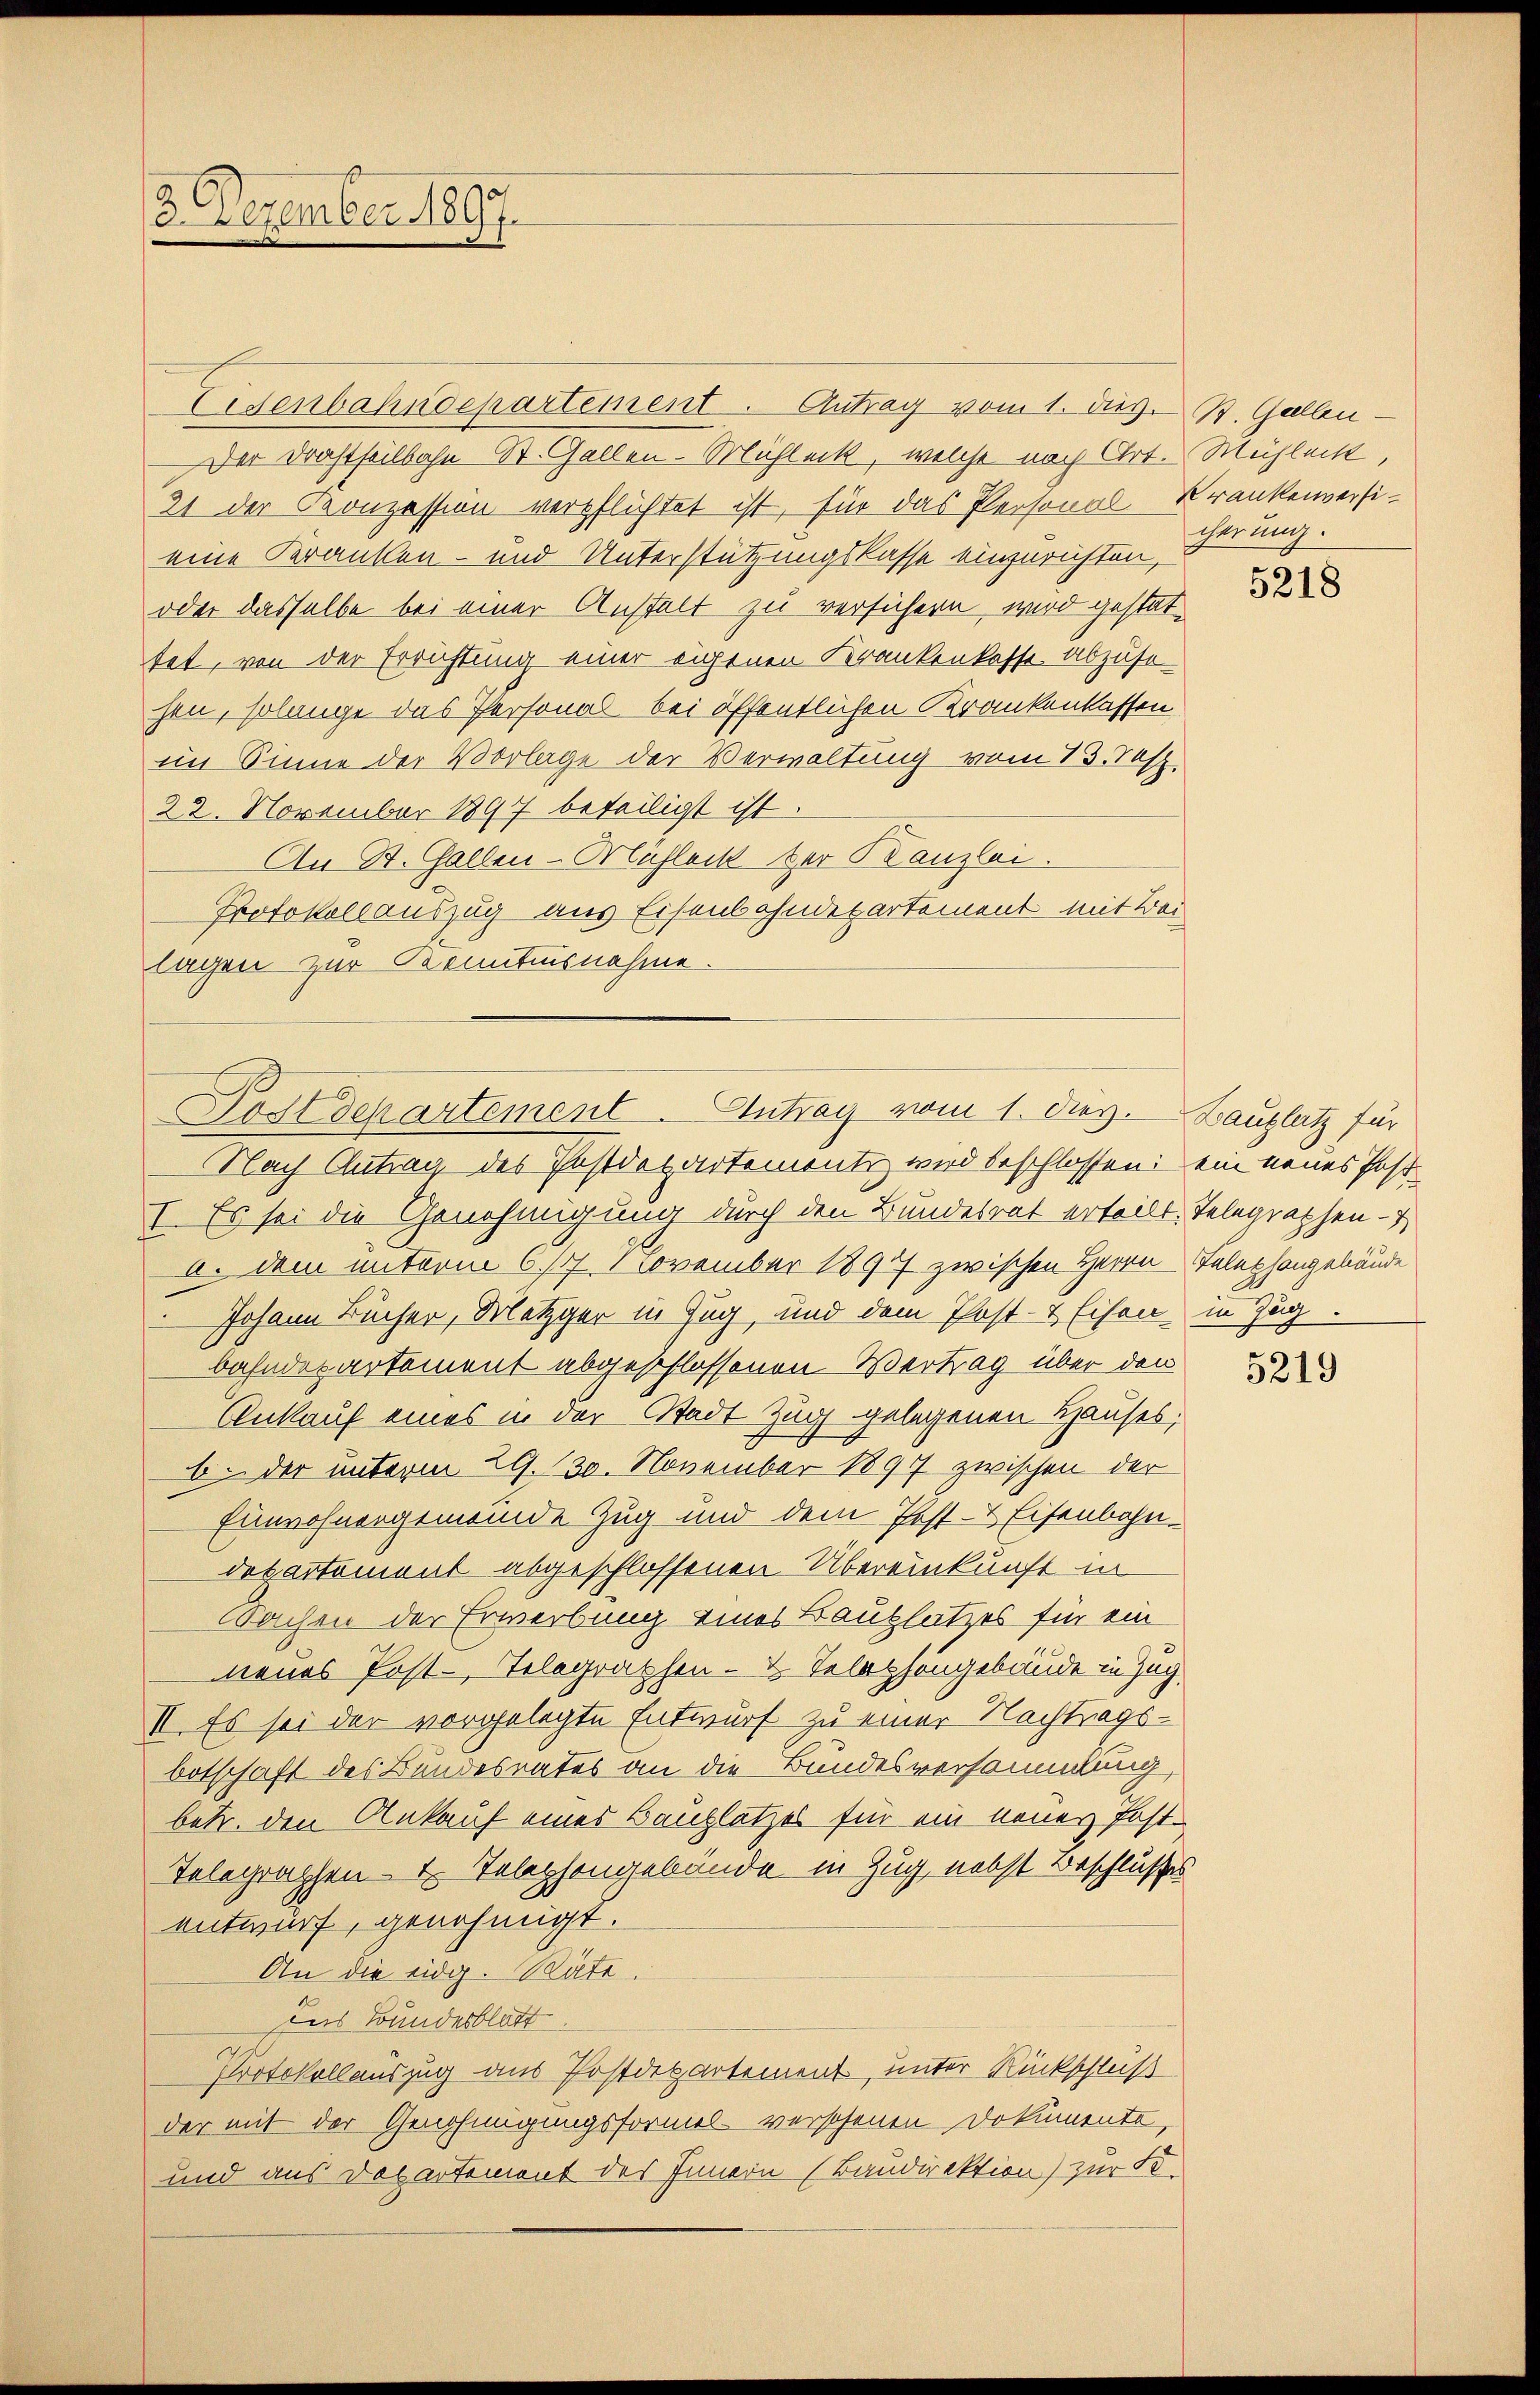
3. Dezember 1897.

Eisenbahndepartement. Antrag vom 1. dies. St. Gallen¬
Der Drastheilbahn St. Gallen-Mühleck, welche nach Art. Mühlenkt
21 der Conzession verpflichtet ist, für das Personal-Krankenversieine Kranken- und Unterstützungskasse einzurichten,
oder dasselbe bei einer Anstalt zu versichern, wird gestattet, von der Errichtung einer eigenen Krankenkasse abzusehen, solange das Personal bei öffentlichen Krankenkassen
im Sinne der Vorlage der Verwaltung vom 13. Jes.
22. November 1897 beteiligt ist.
An St. Gallen-Mahlack der Kanzlei.
Protokollauszug aus Eisenbahndepartement mit Bei
lagen zur Kenntnisnahme.
Nach Antrag des Postdepartements wird beschlossen: ein neues Post¬
I. Es sei die Genehmigung durch den Bundesrat erteilt. Telegraphen- &
a. dem unterm 6./1. 1 November 1897 zwischen Herrn Telephongebäude
Johann Bücher, Metzger in Zug, und dem Post- & Eisen in Zug.
bahndepartement abgeschlossenen Vertrag über den
Ankauf eines in der Stadt Zug gelegenen Hauses,
6. der unterm 29. 130. November 1897 zwischen der
Einwohnergemeinde Zug und dem Post- & Eisenbahndepartement abgeschlossenen Übereinkunft in
Sachen der Erwerbung eines Bauplatzes für ein
neues Post-Telegraphen- u. Telephongebäude in Zug
II. Es sei der vorgelegte Entwurf zu einer Nachtragsbotschaft des Bundesrates an die Bundesversammlung,
betr. den Ankauf eines Bauplatzes für ein neuer Post¬
Telegraphen- u. Telephongebäude in Zug nebst Beschlusses
entwurf, genehmigt.
An die eidg. Räte.
das Bundesblatt
Protokollauszug aus Postdepartement, unter Rückschluß
der mit der Genehmigungsformel verschenen Dokumente,
und aus Departement des Innern (Baudirektion) zur S

Postdepartement. Antrag vom 1. dies. Bauplatz für

cherung.

5218

5219